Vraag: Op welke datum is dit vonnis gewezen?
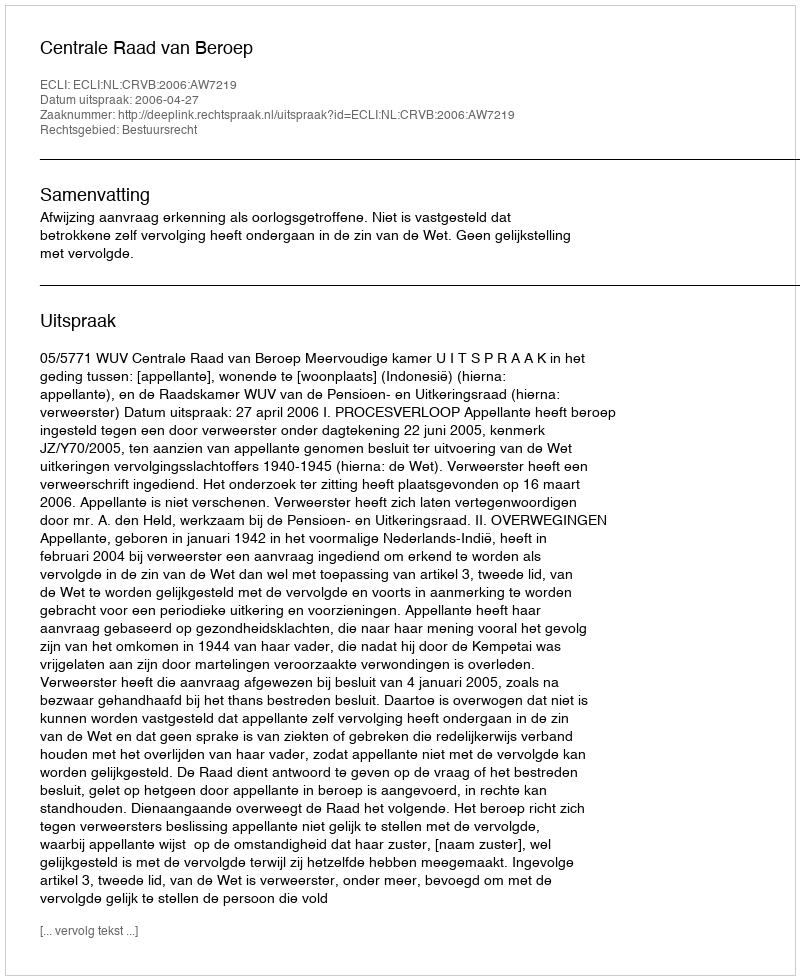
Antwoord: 2006-04-27